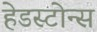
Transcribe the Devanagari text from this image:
हेडस्टोन्स